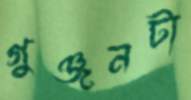
গুঞ্জনটা